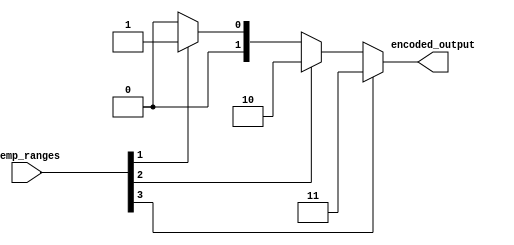
module thermal_encoder (
    input wire [3:0] temp_ranges, // 4 temperature range inputs
    output reg [1:0] encoded_output // 2-bit output for encoding
);

    always @* begin
        case (1'b1) // Prioritize the highest active input
            temp_ranges[3]: encoded_output = 2'b11; // 76-100C
            temp_ranges[2]: encoded_output = 2'b10; // 51-75C
            temp_ranges[1]: encoded_output = 2'b01; // 26-50C
            temp_ranges[0]: encoded_output = 2'b00; // 0-25C
            default: encoded_output = 2'b00; // Default output when no input is active
        endcase
    end

endmodule